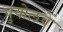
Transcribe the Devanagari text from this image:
पुयोलचे